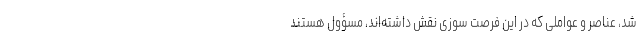
شد، عناصر و عواملی که در این فرصت سوزی نقش داشته‌اند، مسؤول هستند